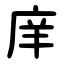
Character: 庠